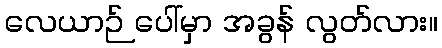
လေယာဉ် ပေါ်မှာ အခွန် လွတ်လား။